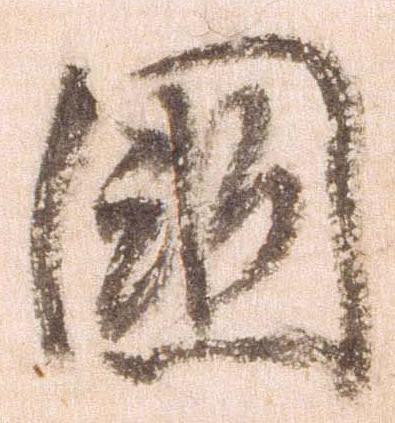
国